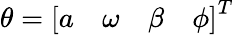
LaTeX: \theta=\left[\begin{array}{cccc}{a}&{\omega}&{\beta}&{\phi}\end{array}\right]^{T}